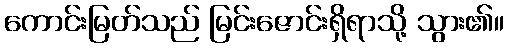
ကောင်းမြတ်သည် မြင်းဇောင်းရှိရာသို့ သွား၏။